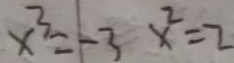
x ^ { 3 } = - 3 x ^ { 2 } = 2